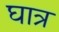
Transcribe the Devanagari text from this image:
घात्र